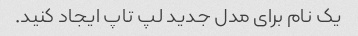
یک نام برای مدل جدید لپ تاپ ایجاد کنید.